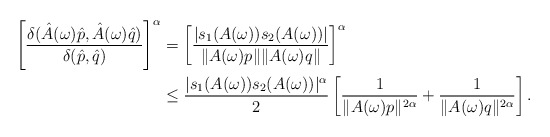
\begin{align*}\left[ \frac{\delta(\hat{A}(\omega) \hat{p}, \hat{A}(\omega) \hat{q})}{\delta(\hat{p}, \hat{q})} \right] ^\alpha &= \left[ \frac{|s_1(A(\omega))s_2(A(\omega))|}{\|A(\omega)p\| \|A(\omega)q\|} \right]^\alpha \\&\leq \frac{|s_1(A(\omega))s_2(A(\omega))|^\alpha}{2} \left[ \frac{1}{\|A(\omega)p\|^{2\alpha}} +\frac{1}{\|A(\omega)q\|^{2\alpha}} \right].\end{align*}